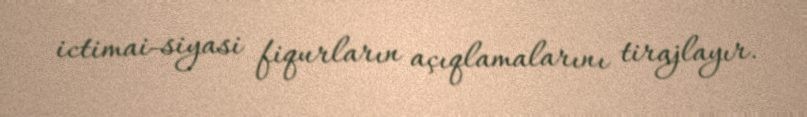
ictimai-siyasi fiqurların açıqlamalarını tirajlayır.